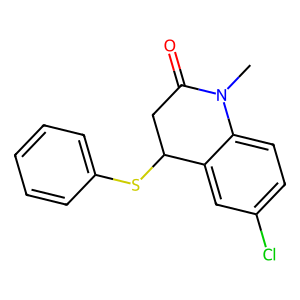
SMILES: CN1C(=O)CC(Sc2ccccc2)c2cc(Cl)ccc21
Inhibits HIV replication: No